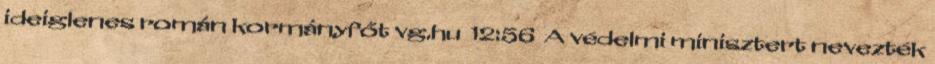
ideiglenes román kormányfőt vg.hu 12:56 A védelmi minisztert nevezték